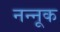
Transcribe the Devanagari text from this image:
नन्नूक